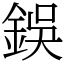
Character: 鋘